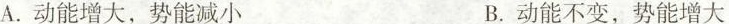
A.动能增大，势能减小 B.动能不变，势能增大